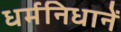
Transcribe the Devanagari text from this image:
धर्मनिधानें